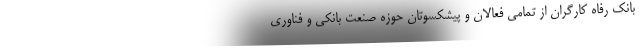
بانک رفاه کارگران از تمامی فعالان و پیشکسوتان حوزه صنعت بانکی و فناوری